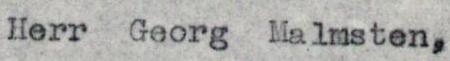
Herr Georg Malmsten,